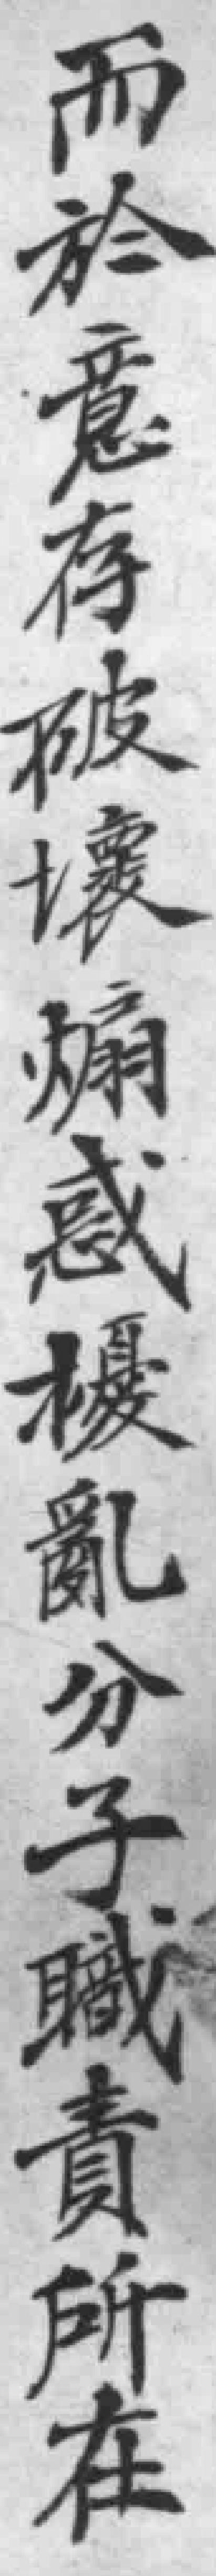
而於意存破壞煽惑擾亂分子職責所在